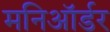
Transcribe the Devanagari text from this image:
मनिऑर्डर